Civil Veterinary Dept. Assam report 1911-1927 - 1911-1927
Year: 1911
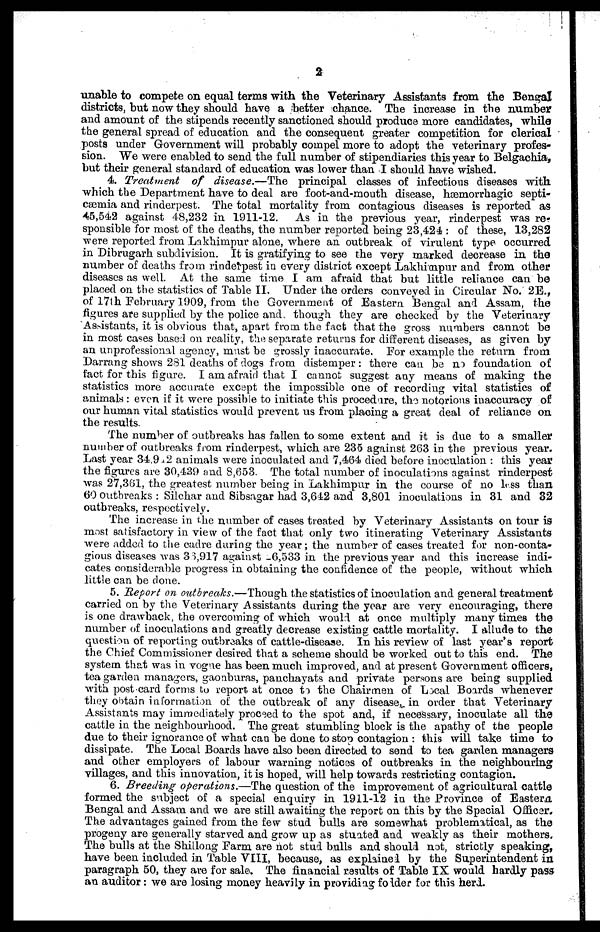
2
unable to compete on equal terms with the Veterinary Assistants from the Bengal
districts, but now they should have a better chance. The increase in the number
and amount of the stipends recently sanctioned should produce more candidates, while
the general spread of education and the consequent greater competition for clerical
posts under Government will probably compel more to adopt the veterinary profes-
sion. We were enabled to send the full number of stipendiaries this year to Belgachia,
but their general standard of education was lower than I should have wished.
4. Treatment of disease.—The principal classes of infections diseases with
which the Department have to deal are foot-and-mouth disease, hæmorrhagic septi-
caemia and rinderpest. The total mortality from contagious diseases is reported as
45,542 against 48,232 in 1911-12. As in the previous year, rinderpest was re-
sponsible for most of the deaths, the number reported being 23,424 : of these, 13,282
were reported from Lakhimpur alone, where an outbreak of virulent type occurred
in Dibrugarh subdivision. It is gratifying to see the very marked decrease in the
number of deaths from rinderpest in every district except Lakhimpur and from other
diseases as well. At the same time I am afraid that but little reliance can be
placed on the statistics of Table II. Under the orders conveyed in Circular No. 2E.,
of 17th February 1909, from the Government of Eastern Bengal and Assam, the
figures are supplied by the police and, though they are checked by the Veterinary
Assistants, it is obvious that, apart from the fact that the gross numbers cannot be
in most cases based on reality, the separate returns for different diseases, as given by
an unprofessional agency, must be grossly inaccurate. For example the return from
Darrang shows 281 deaths of dogs from distemper: there can been foundation of
fact for this figure. I am afraid that I cannot suggest any means of making the
statistics more accurate except the impossible one of recording vital statistics of
animals : even if it were possible to initiate this procedure, the notorious inaccuracy of
our human vital statistics would prevent us from placing a great deal of reliance on
the results.
The number of outbreaks has fallen to some extent and it is due to a smaller
number of outbreaks from rinderpest, which are 235 against 263 in the previous year.
Last year 34,942 animals were inoculated and 7,464 died before inoculation : this year
the figures are 30,439 and 8,653. The total number of inoculations against rinderpest
was 27,361, the greatest number being in Lakhimpur in the course of no less than
60 outbreaks : Silchar and Sibsagar had 3,642 and 3,801 inoculations in 31 and 32
outbreaks, respectively.
The increase in the number of cases treated by Veterinary Assistants on tour is
most satisfactory in view of the fact that only two itinerating Veterinary Assistants
were added to the cadre during the year; the number of cases treated for non-conta-
gious diseases was 33,917 against-6,533 in the previous year and this increase indi-
cates considerable progress in obtaining the confidence of the people, without which
little can be done.
5. Report on outbreaks.—Though the statistics of inoculation and general treatment
carried on by the Veterinary Assistants during the year are very encouraging, there
is one drawback, the overcoming of which would at once multiply many times the
number of inoculations and greatly decrease existing cattle mortality. I allude to the
question of reporting outbreaks of cattle-disease. In his review of last year's report
the Chief Commissioner desired that a scheme should be worked out to this end. The
system that was in vogue has been much improved, and at present Government officers,
tea garden managers, gaonburas, panchayats and private persons are being supplied
with post card forms to report at once to the Chairmen of Local Boards whenever
they obtain information of the outbreak of any disease, in order that Veterinary
Assistants may immediately proceed to the spot and, if necessary, inoculate all the
cattle in the neighbourhood. The great stumbling block is the apathy of the people
due to their ignorance of what can be done to stop contagion : this will take time to
dissipate. The Local Boards have also been directed to send to tea garden managers
and other employers of labour warning notices of outbreaks in the neighbouring
villages, and this innovation, it is hoped, will help towards restricting contagion.
6. Breeding operations.—The question of the improvement of agricultural cattle
formed the subject of a special enquiry in 1911-12 in the Province of Eastern
Bengal and Assam and we are still awaiting the report on this by the Special Officer,
The advantages gained from the few stud bulls are somewhat problematical, as the
progeny are generally starved and grow up as stunted and weakly as their mothers.
The bulls at the Shillong Farm are hot stud bulls and should not, strictly speaking,
have been included in Table VIII, because, as explained by the Superintendent in
paragraph 50, they are for sale. The financial results of Table IX would hardly pass
an auditor: we are losing money heavily in providing folder for this herd.